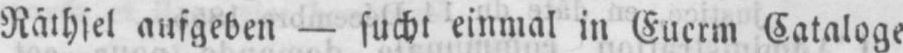
Räthsel aufgeben - sucht einmal in Euerm Cataloge